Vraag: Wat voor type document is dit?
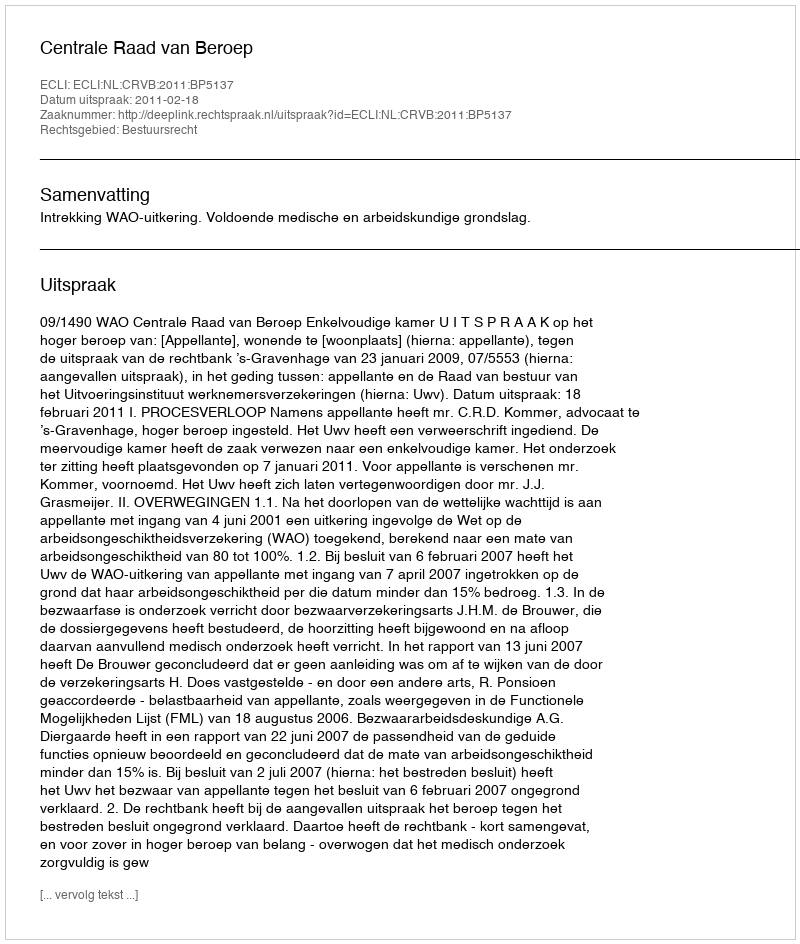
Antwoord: Uitspraak